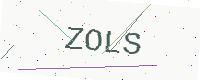
Text: ZOLS